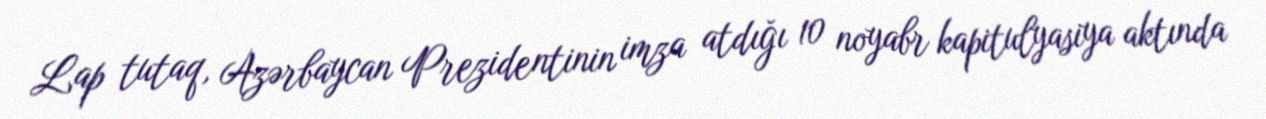
Lap tutaq, Azərbaycan Prezidentinin imza atdığı 10 noyabr kapitulyasiya aktında